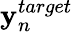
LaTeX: {\mathbf y}_{n}^{target}